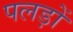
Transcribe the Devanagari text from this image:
पलड़ों